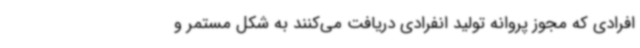
افرادی که مجوز پروانه تولید انفرادی دریافت می‌کنند به شکل مستمر و